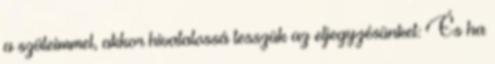
a szüleimmel, akkor hivatalossá tesszük az eljegyzésünket: És ha